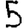
Digit: 5